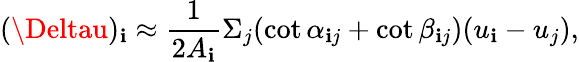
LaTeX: (\Deltau)_{\mathbf{i}}\approx{\frac{{1}}{{2A_{\mathbf{i}}}}}\Sigma_{j}(\cot\alpha_{\mathbf{i}j}+\cot\beta_{\mathbf{i}j})(u_{\mathbf{i}}-u_{j}),